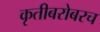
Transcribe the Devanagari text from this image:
कृतीबरोबरच